Civil Veterinary Department ledger series I-VI
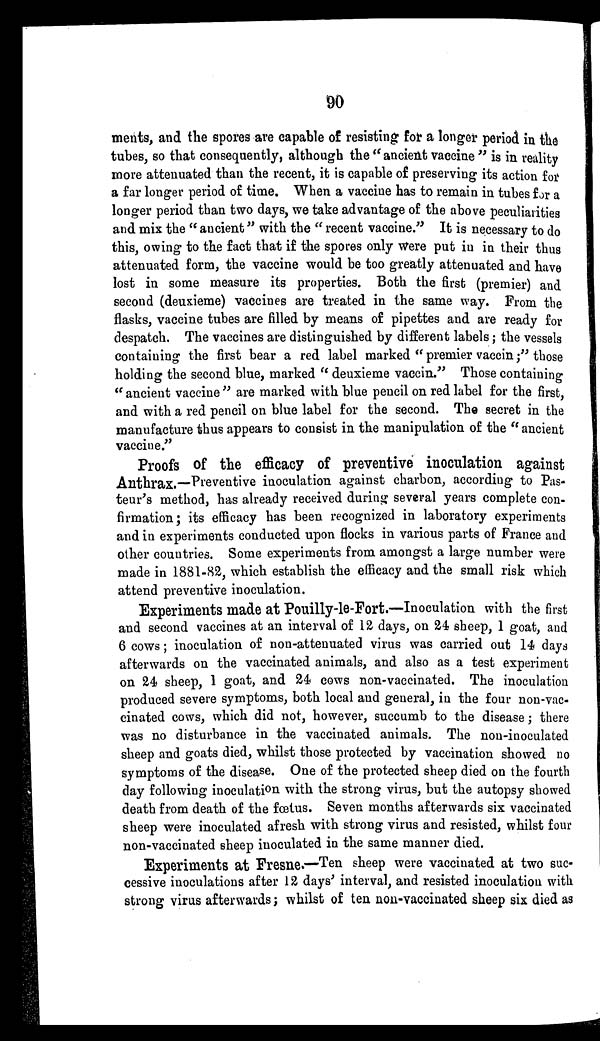
90
ments, and the spores are capable of resisting for a longer period in the
tubes, so that consequently, although the " ancient vaccine " is in reality
more attenuated than the recent, it is capable of preserving its action for
a far longer period of time. When a vaccine has to remain in tubes for a
longer period than two days, we take advantage of the above peculiarities
and mix the " ancient " with the " recent vaccine." It is necessary to do
this, owing to the fact that if the spores only were put in in their thus
attenuated form, the vaccine would be too greatly attenuated and have
lost in some measure its properties. Both the first (premier) and
second (deuxieme) vaccines are treated in the same way. From the
flasks, vaccine tubes are filled by means of pipettes and are ready for
despatch. The vaccines are distinguished by different labels; the vessels
containing the first bear a red label marked " premier vaccin;" those
holding the second blue, marked " deuxieme vaccin." Those containing
" ancient vaccine " are marked with blue pencil on red label for the first,
and with a red pencil on blue label for the second. The secret in the
manufacture thus appears to consist in the manipulation of the " ancient
vaccine."
Proofs of the efficacy of preventive inoculation against
Anthrax.—Preventive inoculation against charbon, according to Pas-
teur's method, has already received during several years complete con-
firmation; its efficacy has been recognized in laboratory experiments
and in experiments conducted upon flocks in various parts of France and
other countries. Some experiments from amongst a large number were
made in 1881-82, which establish the efficacy and the small risk which
attend preventive inoculation.
Experiments made at Pouilly-le-Fort.—Inoculation with the first
and second vaccines at an interval of 12 days, on 24 sheep, 1 goat, and
6 cows; inoculation of non-attenuated virus was carried out 14 days
afterwards on the vaccinated animals, and also as a test experiment
on 24 sheep, 1 goat, and 24 cows non-vaccinated. The inoculation
produced severe symptoms, both local and general, in the four non-vac-
cinated cows, which did not, however, succumb to the disease; there
was no disturbance in the vaccinated animals. The non-inoculated
sheep and goats died, whilst those protected by vaccination showed no
symptoms of the disease. One of the protected sheep died on the fourth
day following inoculation with the strong virus, but the autopsy showed
death from death of the fœtus. Seven months afterwards six vaccinated
sheep were inoculated afresh with strong virus and resisted, whilst four
non-vaccinated sheep inoculated in the same manner died.
Experiments at Fresne.—Ten sheep were vaccinated at two suc-
cessive inoculations after 12 days' interval, and resisted inoculation with
strong virus afterwards; whilst of ten non-vaccinated sheep six died as